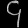
Digit: ၄